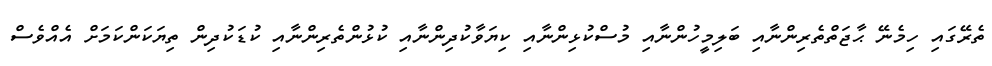
ތެރޭގައި ހިމެނޭ ޙާޖަތްތެރިންނާއި ބަލިމީހުންނާއި މުސްކުޅިންނާއި ކިޔަވާކުދިންނާއި ކުޅުންތެރިންނާއި ކުޑަކުދިން ތިޔަކަންކަމަށް އެއްވެސް